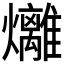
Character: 𪺇